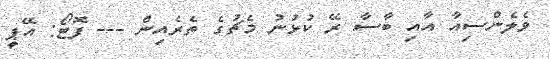
ވެލެންސިއާ އާއި ބާސާ ރޭ ކުޅުނު މެޗުގެ ތެރެއިން --- ފޮޓޯ: އޭޕީ